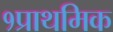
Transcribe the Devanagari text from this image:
१प्राथमिक